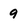
Character: 9